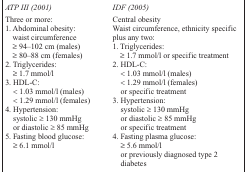
| ATP III (2001) | IDF (2005) |
 | --- | --- |
 | Three or more: | Central obesity |
 | 1. Abdominal obesity: | Waist circumference, ethnicity specific |
 | waist circumference | plus any two: |
 | ≥ 94–102 cm (males) | 1. Triglycerides: |
 | ≥ 80–88 cm (females) | ≥ 1.7 mmol/l or specific treatment |
 | 2. Triglycerides: | 2. HDL-C: |
 | ≥ 1.7 mmol/l | < 1.03 mmol/l (males) |
 | 3. HDL-C: | < 1.29 mmol/l (females) |
 | < 1.03 mmol/l (males) | or specific treatment |
 | < 1.29 mmol/l (females) | 3. Hypertension: |
 | 4. Hypertension: | systolic ≥ 130 mmHg |
 | systolic ≥ 130 mmHg | or diastolic ≥ 85 mmHg |
 | or diastolic ≥ 85 mmHg | specific treatment |
 | 5. Fasting blood glucose: | 4. Fasting plasma glucose: |
 | ≥ 6.1 mmol/l | ≥ 5.6 mmol/l |
 |  | or previously diagnosed type 2 |
 |  | diabetes |